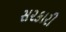
સ૨કારી